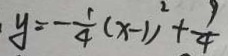
y = - \frac { 1 } { 4 } ( x - 1 ) ^ { 2 } + \frac { 9 } { 4 }